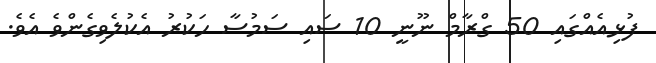
ފުޅިއެއްގައި 50 ގްރާމް ނޫނީ 10 ސައި ސަމުސާ ހަކުރު އެކުލެވިގެންވެ އެވެ.